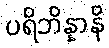
ပရိဘိန္နာနိ